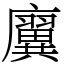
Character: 㢞